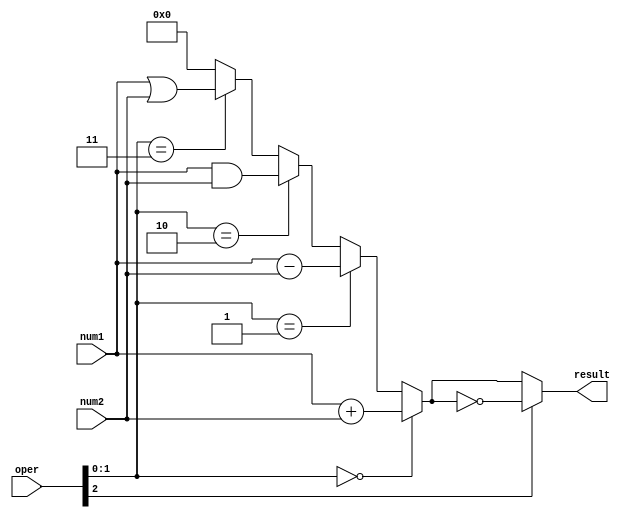
// Bartosz Szpila
// 20.10.2021

module ALU(input [7:0] num1, input [7:0] num2, input [2:0] oper, output [7:0] result);
    wire [7:0] w_result;
    assign w_result = (oper[1:0] == 0) ? num1 + num2 :
                      (oper[1:0] == 1) ? num1 - num2 :
                      (oper[1:0] == 2) ? num1 & num2 :
                      (oper[1:0] == 3) ? num1 | num2 :
                      8'h00;
    assign result = (oper[2] == 1) ? ~w_result : w_result;
endmodule